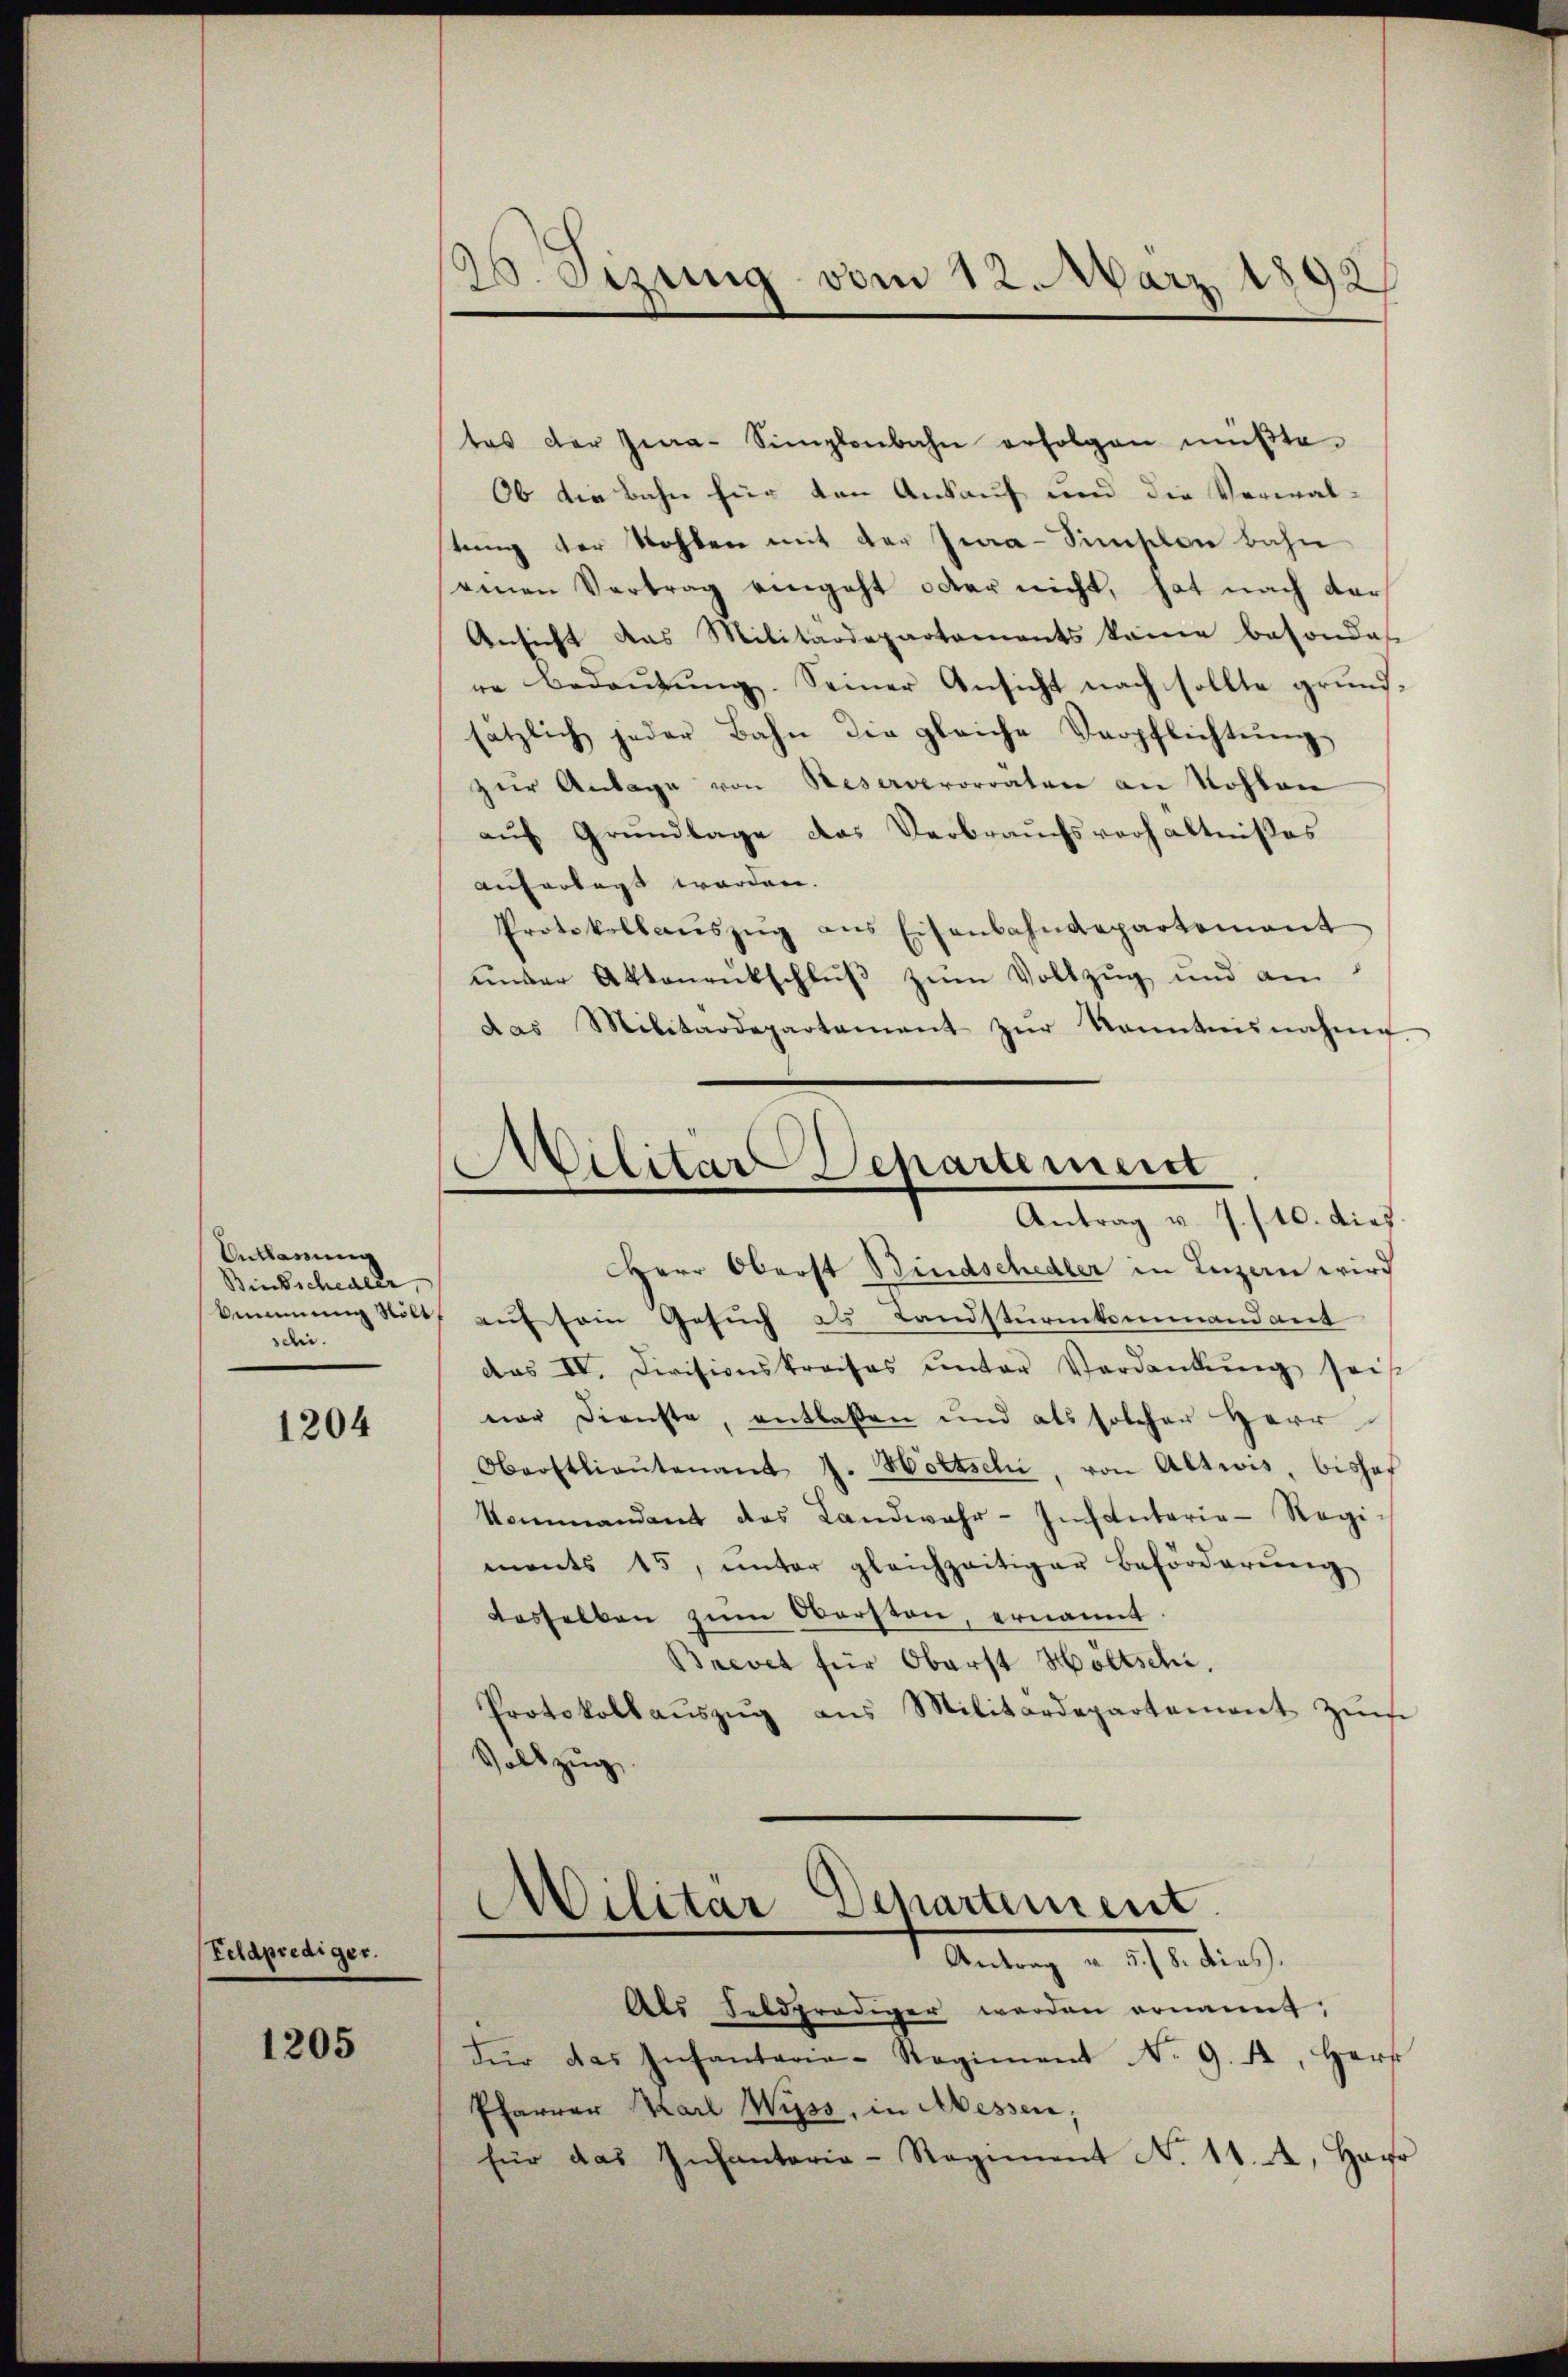
Antlärung
Binkschedler,
sdii.

1204

(Feldprediger.

1205

2. Sizung vom 12. März 1892

tes der Jena-Simplenbahn erfolgen müßte.
Ob die Bahn für den Ankauf und die Verwal-
stung der Kohlen mit der Jwa-Simschen bahn
einen Vertrag eingeht oder nicht, hat nach dar
Ansicht das Militärdepartements käme besondes
re Bedeutung. Seiner Ansicht nach sollte grund-
sätzlich jeder Bahn die gleiche Verpflichtŭng
zur Antage von Reserverorräten an Kohlen
auf Grundlage das Verbrauchsverhältnißes
aufertagt worden.
Protokollaŭszŭg ans Eisenbahndepartement
under Aktenrutschluß zum Vollzug und am
das Militärdepartement zŭr Kenntnisnahme
Militar Departement
Antrag v. 7./10. dies
Herr Oberst Bindschedler in Luzern wird
kummung stölt auf sein Gesuch als Landsturmkommandant
das IV. Divisionskreises unter Verdankŭng seit
ner Dienste, entlaßen und als solcher Herr
Oberstlieutenant J. Hottschi, von Altwis, bisher
kommandant das Landwahr-Infantaria Ragi-
ments 15, ŭnter gleichzeitiger Beförderŭng
desselben zum Obersten, ernannt.
Brevet für Oberst Höltschi,
Protokollaŭszŭg ans Militärdepartement zŭm
Vollzug.

Militär Departement
Antrag u. 5. 8. dies.

Als Feldprediger werden ernannt,
Für das Infantarie-Regiment No. 9. A. Herr
Pfarrer Karl Wyss, in Messen;
für das Infantaria-Regiment No 11. A. Herr